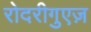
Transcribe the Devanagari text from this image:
रोदरीगुएज़